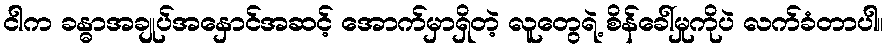
ငါက ခန္ဓာအချုပ်အနှောင်အဆင့် အောက်မှာရှိတဲ့ လူတွေရဲ့ စိန်ခေါ်မှုကိုပဲ လက်ခံတာပါ။